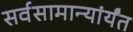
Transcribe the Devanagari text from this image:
सर्वसामान्यांर्यंत